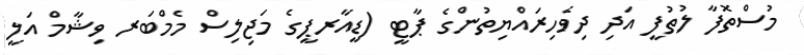
މުސްތޮފާ ލުތުފީ އަދި ދިވެހިރައްޔިތުންގެ ޕާޓީ (ޑީއާރޕީގެ މަޖިލިސް މެމްބަރ ވިޝާމް އަލީ